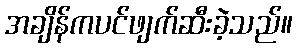
အချိန်ကပင်ဖျက်ဆီးခဲ့သည်။